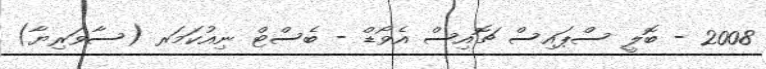
2008 - ބޮލީ ސްޕައިސް ޗޮއިސް އެވޯޑް - ބެސްޓް ނިއުކަމަރ (ސާވަރިޔާ)